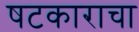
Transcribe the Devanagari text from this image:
षटकाराचा